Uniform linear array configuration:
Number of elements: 12
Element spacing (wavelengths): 1
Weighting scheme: cosine
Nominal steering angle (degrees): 30
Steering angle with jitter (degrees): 28.333
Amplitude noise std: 0.05
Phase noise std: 0.05

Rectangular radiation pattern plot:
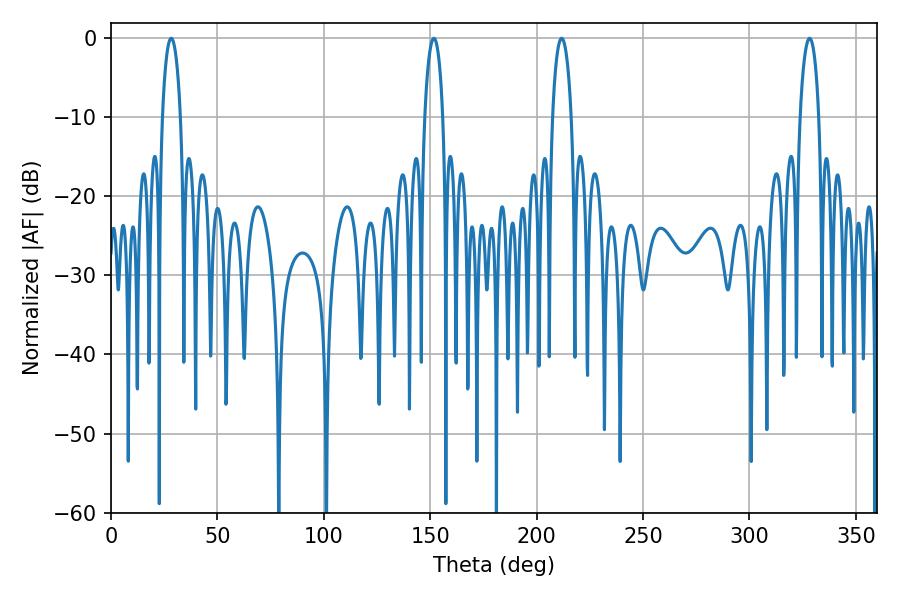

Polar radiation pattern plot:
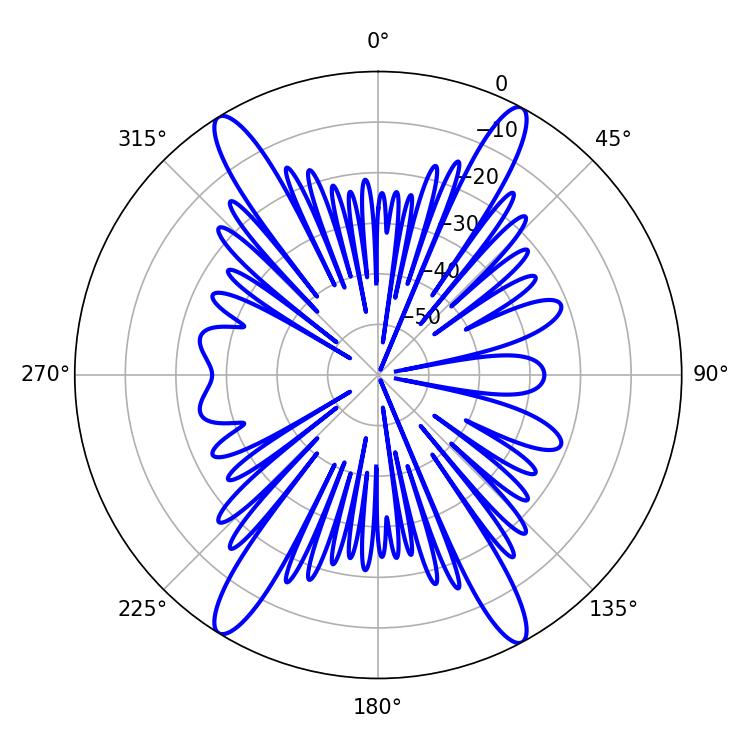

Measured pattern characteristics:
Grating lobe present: TRUE
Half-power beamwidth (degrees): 4.86
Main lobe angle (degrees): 28.26